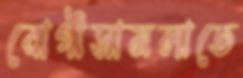
রোগীসামলাতে